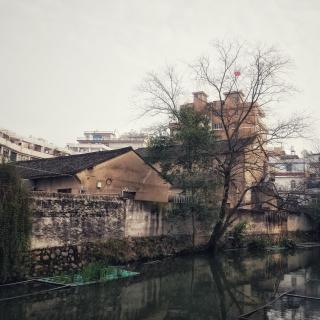
盘飧市远无兼味，樽酒家贫只旧醅。